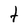
Character: t